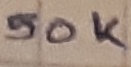
Text: 50K